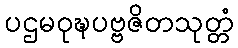
ပဌမဝုဍ္ဎပဗ္ဗဇိတသုတ္တံ